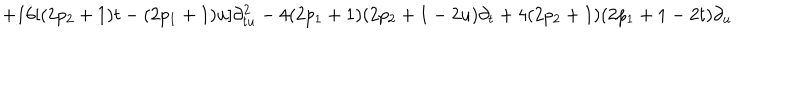
+ 1 6 [ ( 2 p _ { 2 } + 1 ) t - ( 2 p _ { 1 } + 1 ) u ] \partial _ { t u } ^ { 2 } - 4 ( 2 p _ { 1 } + 1 ) ( 2 p _ { 2 } + 1 - 2 u ) \partial _ { t } + 4 ( 2 p _ { 2 } + 1 ) ( 2 p _ { 1 } + 1 - 2 t ) \partial _ { u }